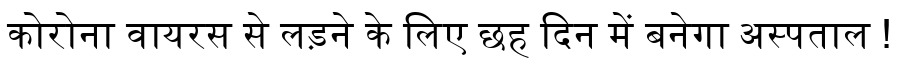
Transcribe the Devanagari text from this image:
कोरोना वायरस से लड़ने के लिए छह दिन में बनेगा अस्पताल !